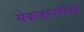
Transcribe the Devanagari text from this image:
मेकफारलैण्ड